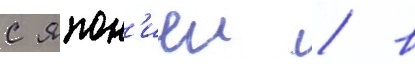
с япон'иеи / в